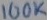
Text: 100K